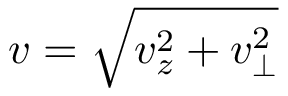
v = \sqrt { v _ { z } ^ { 2 } + v _ { \perp } ^ { 2 } }